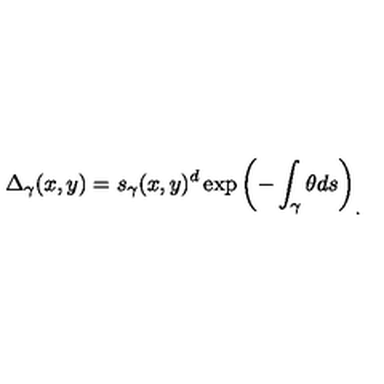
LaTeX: \Delta _ { \gamma } ( x , y ) = s _ { \gamma } ( x , y ) ^ { d } \exp \left( - \int _ { \gamma } \theta d s \right) _ { . }